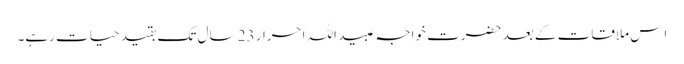
اِس ملاقات کے بعد حضرت خواجہ عبید اللہ احرار 23 سال تک بقیدِ حیات رہے۔